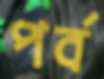
পর্ব